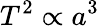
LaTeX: T^{2}\propto a^{3}